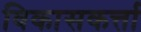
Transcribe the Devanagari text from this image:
विकासकर्त्ता